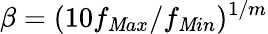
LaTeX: \beta=(10f_{\mathit{M}ax}/f_{\mathit{M}in})^{1/m}